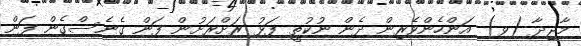
މާޖިދާ (ވ) އަންހެންވެރިން ދެން ނުކުތީ ފަޅު ރަށްރަށުން ފަން ގެނެސްގެން ފަން